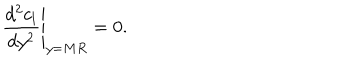
LaTeX: \left. { \frac { d ^ { 2 } c _ { l } } { d y ^ { 2 } } } \right| _ { y = M R } = 0 .